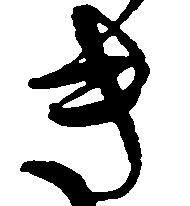
き